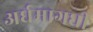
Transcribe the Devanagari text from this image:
अर्घमागधी